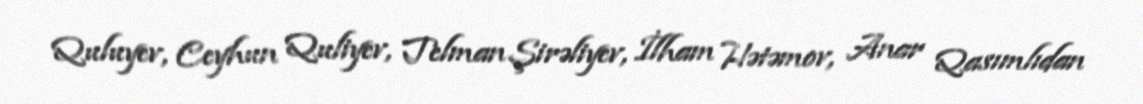
Quluyev, Ceyhun Quliyev, Telman Şirəliyev, İlham Hətəmov, Anar Qasımlıdan